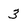
Character: 3